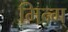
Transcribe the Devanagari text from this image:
मिन्ग्